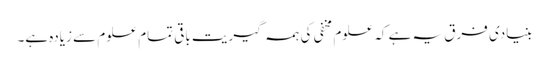
بنیادی فرق یہ ہے کہ علوم مخفی کی ہمہ گیریت باقی تمام علوم سے زیادہ ہے۔